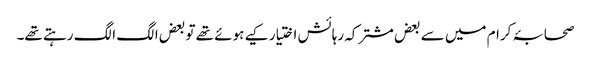
صحابۂ کرام میں سے بعض مشترکہ رہائش اختیار کیے ہوئے تھے تو بعض الگ الگ رہتے تھے۔